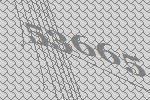
53665